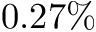
0 . 2 7 \%